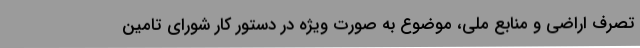
تصرف اراضی و منابع ملی، موضوع به صورت ویژه در دستور کار شورای تامین